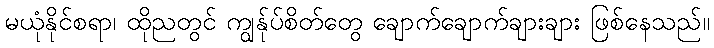
မယုံနိုင်စရာ၊ ထိုညတွင် ကျွန်ုပ်စိတ်တွေ ချောက်ချောက်ချားချား ဖြစ်နေသည်။